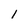
Character: 1